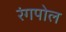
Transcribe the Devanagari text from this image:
रंगपोल